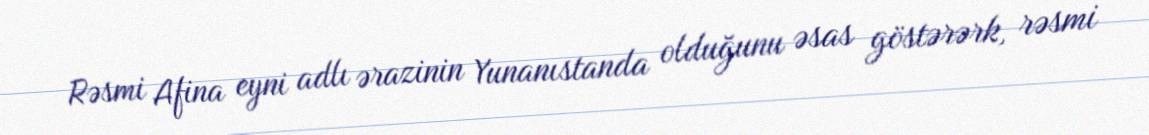
Rəsmi Afina eyni adlı ərazinin Yunanıstanda olduğunu əsas göstərərk, rəsmi